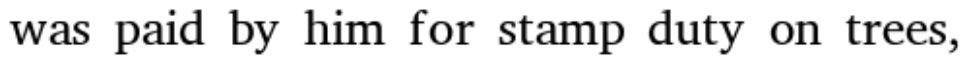
was paid by him for stamp duty on trees,